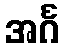
အင်္ဂ